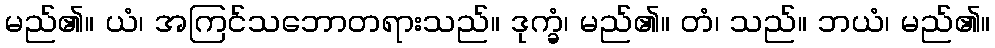
မည်၏။ ယံ၊ အကြင်သဘောတရားသည်။ ဒုက္ခံ၊ မည်၏။ တံ၊ သည်။ ဘယံ၊ မည်၏။